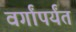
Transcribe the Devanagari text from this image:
वर्गांपर्यंत